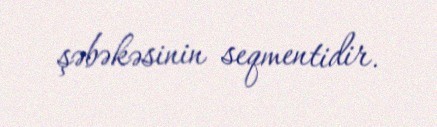
şəbəkəsinin seqmentidir.